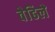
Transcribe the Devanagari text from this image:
वेढिले